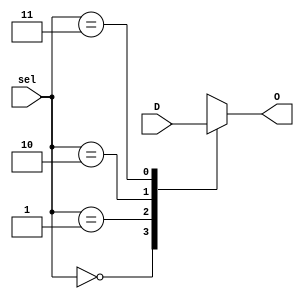
`timescale 1ns / 1ps
//////////////////////////////////////////////////////////////////////////////////
// Company: 
// Engineer: 
// 
// Design Name: 
// Module Name: mux
// Project Name: 
// Target Devices: 
// Tool Versions: 
// Description: 
// 
// Dependencies: 
// 
// Revision:
// Revision 0.01 - File Created
// Additional Comments:
// 
//////////////////////////////////////////////////////////////////////////////////


module mux(sel, D, O);
    input [1:0] sel;
    input [15:0] D;
    output reg [3:0] O;
    
    always@(sel or D) begin
        case(sel)
            0: O = D[15:12];
            1: O = D[11:8];
            2: O = D[7:4];
            3: O = D[3:0];
        endcase
    end
endmodule